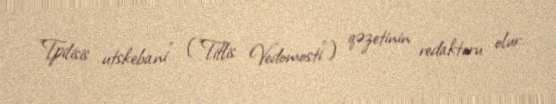
"Tpilisis utskebani" ("Tiflis Vedomosti") qəzetinin redaktoru olur.